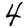
Digit: 4